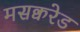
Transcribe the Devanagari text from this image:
मसक्वरेड